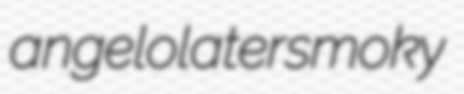
angelolater smoky